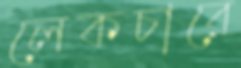
লেকচারে